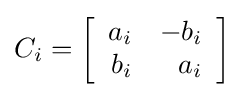
C_{i}=\left[{\begin{array}{rr}a_{i}&-b_{i}\\b_{i}&a_{i}\\\end{array}}\right]